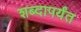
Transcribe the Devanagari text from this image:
शब्दापर्यंत